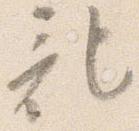
記